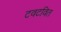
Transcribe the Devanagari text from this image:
टवटवित